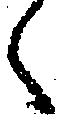
々